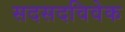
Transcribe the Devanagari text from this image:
सदसदविवेक